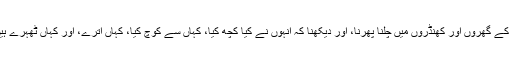
ان کے گھروں اور کھنڈروں میں چلنا پھرنا، اور دیکھنا کہ انہوں نے کیا کچھ کیا، کہاں سے کوچ کیا، کہاں اترے، اور کہاں ٹھہرے ہیں۔